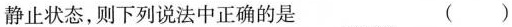
静止状态，则下列说法中正确的是 ()